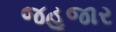
જહૂજાર